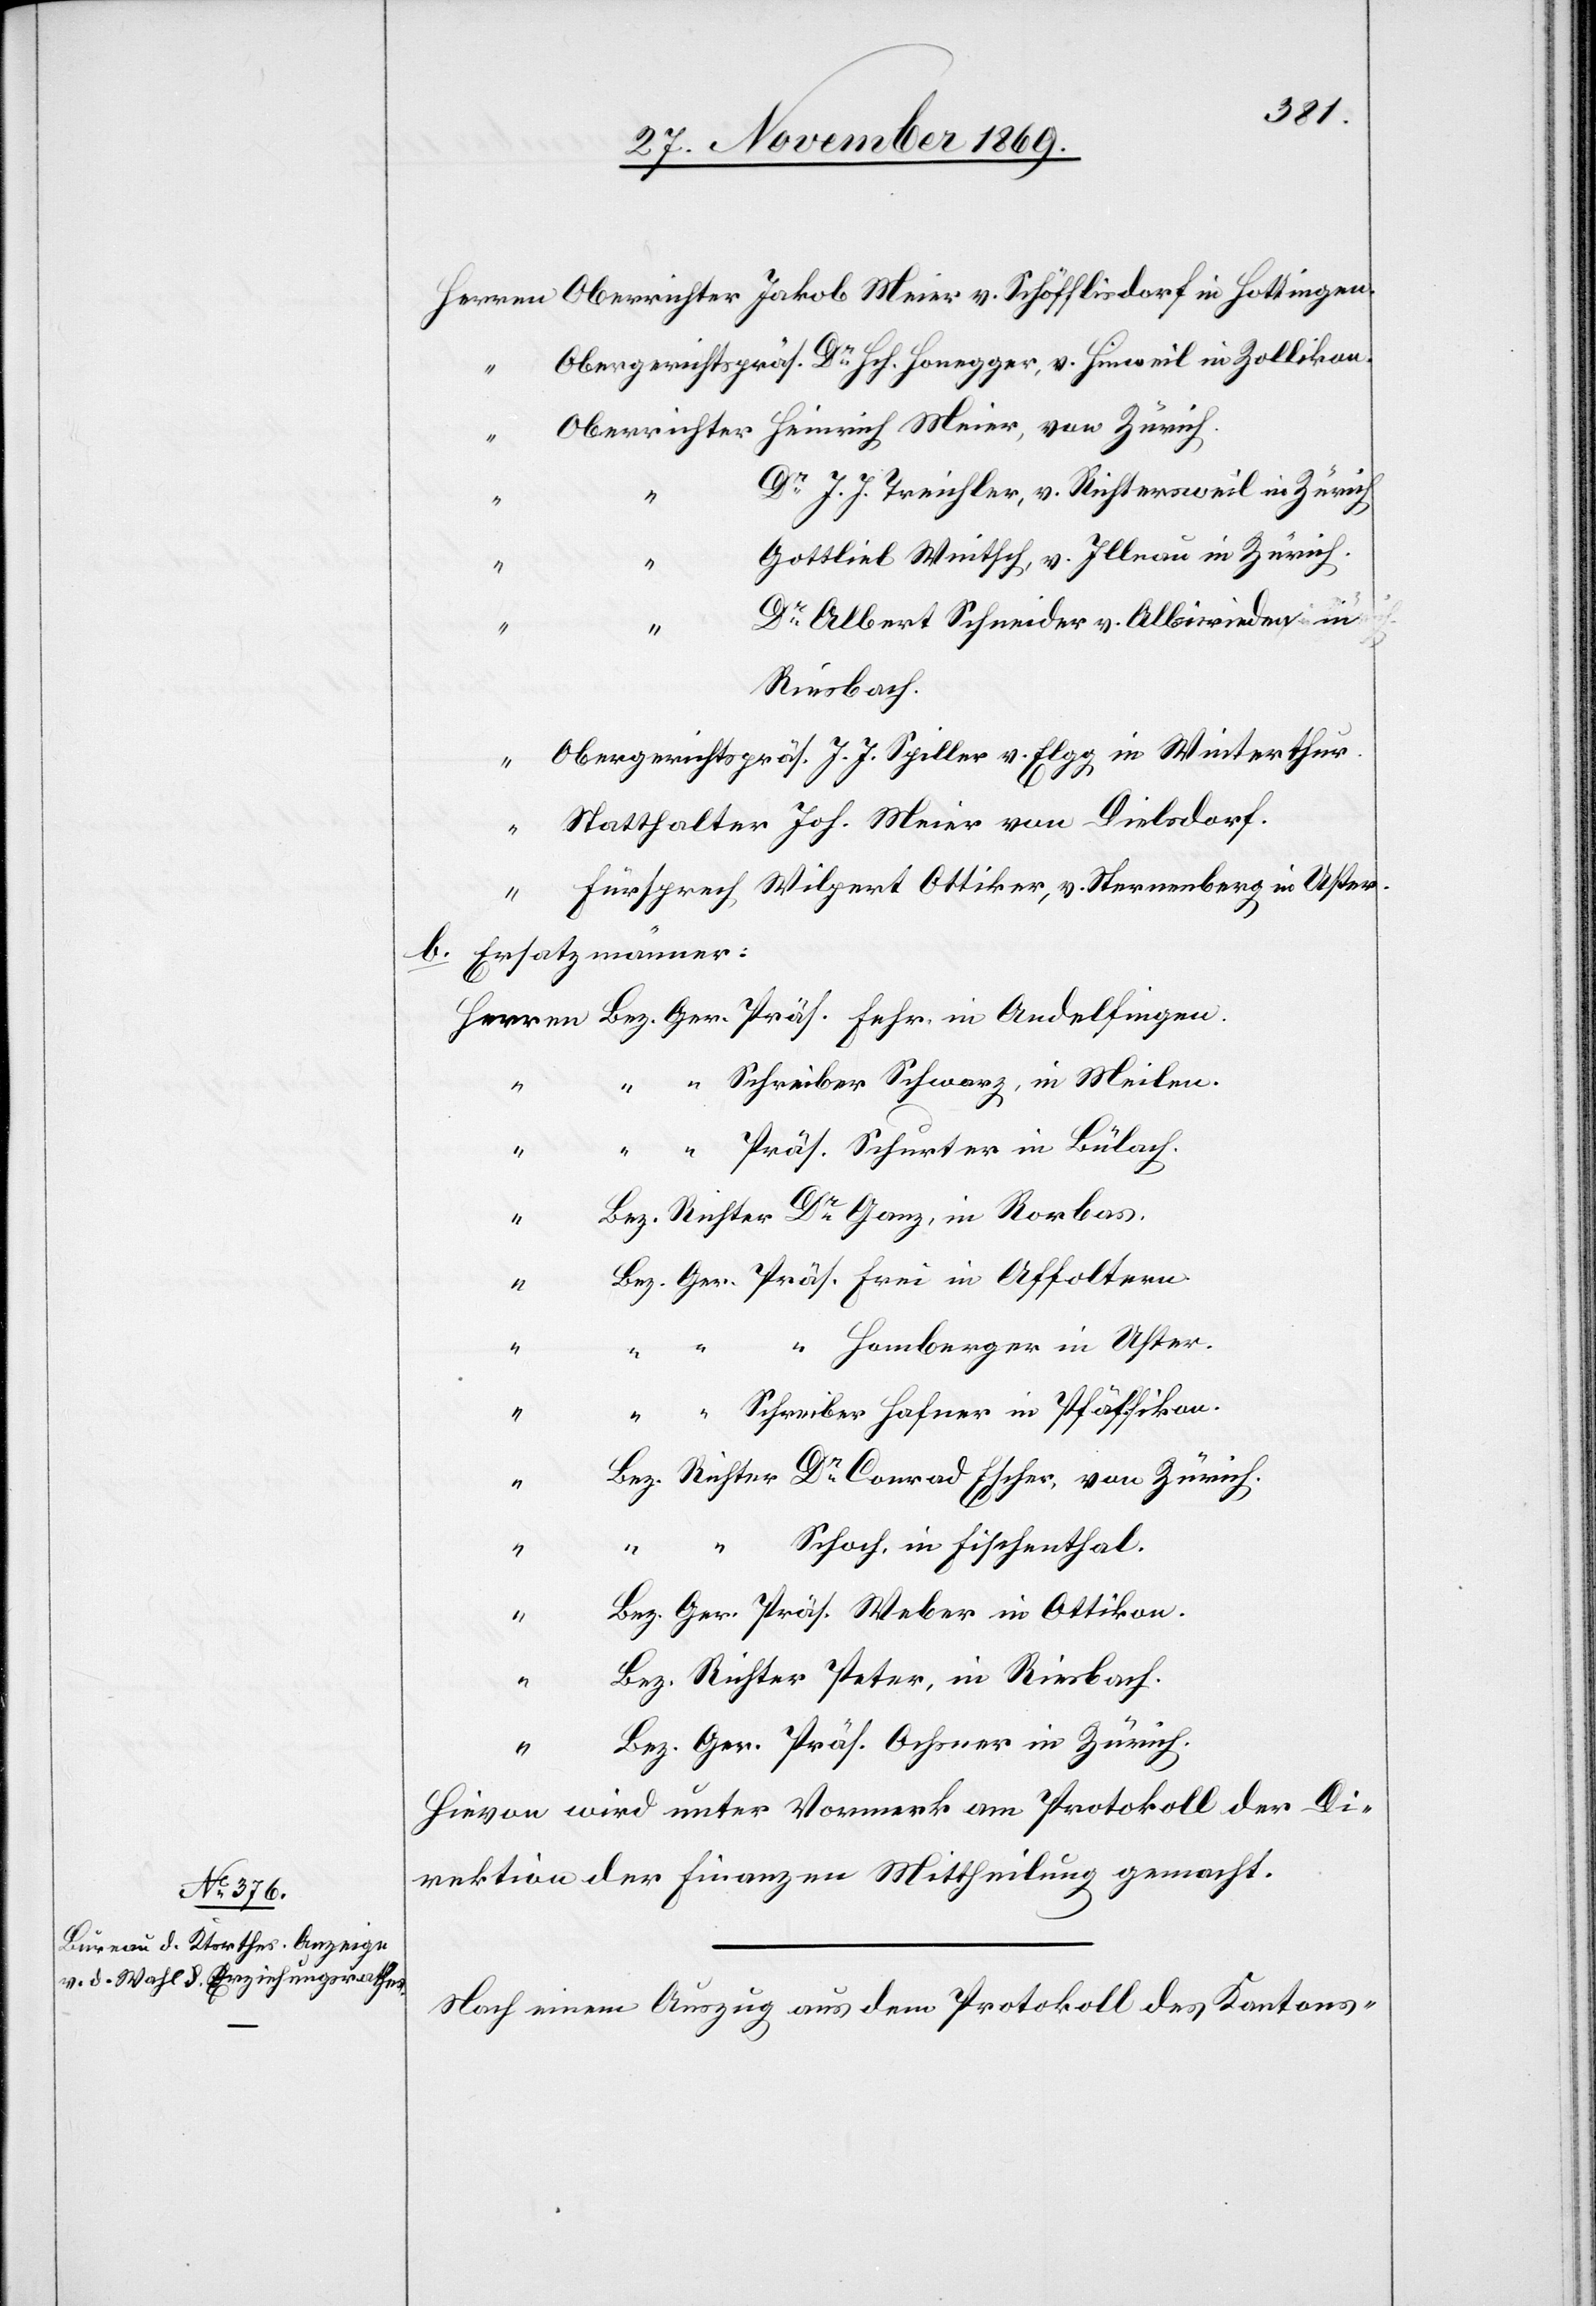
Herren Oberrichter Jakob Meier v. Schöfflisdorf in Hottingen.
Obergerichtspräs. Dr Hch. Honegger, v. Hinweil in Zollikon.
Oberrichter Heinrich Meier, von Zürich.
Dr J. J. Treichler, v. Richtersweil in Zürich
“
Gottlieb Wintsch, v. Illnau in Zürich.
“
“
Dr Albert Schneider v. Albisrieden in
Riesbach.
“ Obergerichtspräs. J. J. Spiller v. Elgg in Winterthur.
Statthalter Joh. Meier von Dielsdorf.
“
Fürsprech Wilpert Ottiker, v. Sternenberg in Uster.
b. Ersatzmänner:
Herren Bez. Ger. Präs. Fehr, in Andelfingen.
“ Schreiber Schwarz, in Meilen.
Präs. Schurter in Bülach.
“
Bez. Richter Dr Ganz, in Rorbas.
“
Bez. Ger. Präs. Frei in Affoltern.
“ Homberger in Uster.
Schreiber Hafner in Pfäffikon.
“ “ “
Bez. Richter Dr Conrad Escher, von Zürich.
Schoch, in Fischenthal.
“
Bez. Ger. Präs. Weber in Ottikon.
“
Bez. Richter Peter, in Riesbach.
“
Bez. Ger. Präs. Ochsner in Zürich.
Hievon wird unter Vormerk am Protokoll der Di¬
rektion der Finanzen Mittheilung gemacht.
Nach einem Auszug aus dem Protokoll des Kantons-